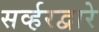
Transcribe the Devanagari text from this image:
सर्व्हरद्वारे